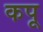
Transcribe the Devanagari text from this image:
कपू